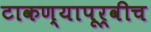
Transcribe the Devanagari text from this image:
टाकण्यापूर्वीच